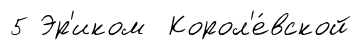
5 Эр'иком Корол'е́вской